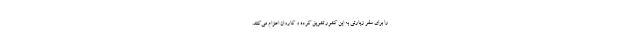
را برای سفر زیارتی به این کشور تشویق کرده و کاروان اعزام می‌کنند.